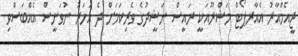
ޖީއެމްއާރު އެއާރޕޯޓް މަޝްރޫއަކީ ރައީސް ނަޝީދުގެ ވެރިކަމަށް ދެ އަހަރު ނުވަނީސް އެއްބަސްވި